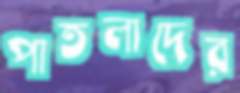
পাতলাদের